Lyperosia minuta, Bezzi - Number 59
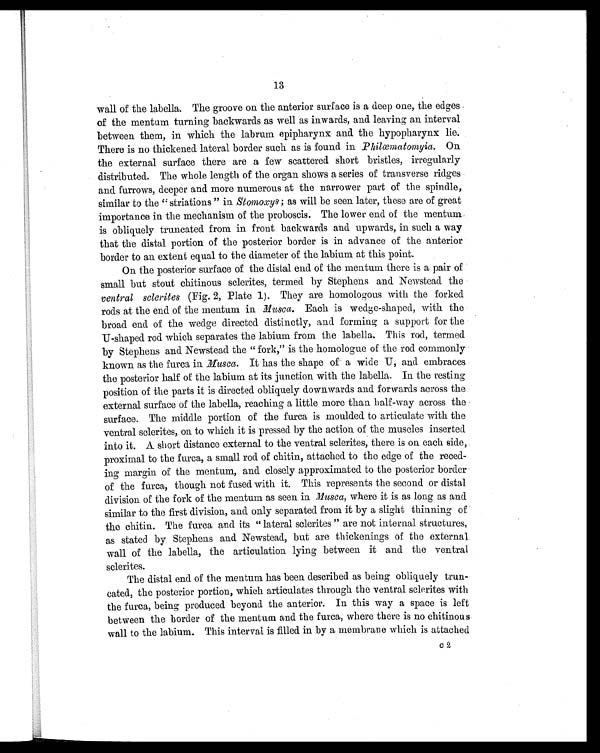
13
wall of the labella. The groove on the anterior surface is a deep one, the edges
of the mentum turning backwards as well as inwards, and leaving an interval
between them, in which the labrum epipharynx and the hypopharynx lie.
There is no thickened lateral border such as is found in P h i l œma t o my i a .O n
the external surface there are a few scattered short bristles, irregularly
distributed. The whole length of the organ shows a series of transverse ridges
and furrows, deeper and more numerous at the narrower part of the spindle,
similar to the " striations " in Stomoxys; a s w i l l b e s e e n l a t e r , t h e s e a r e o f g r e a t
importance in the mechanism of the proboscis. The lower end. of the mentum
is obliquely truncated from in front backwards and upwards, in such a way
that the distal portion of the posterior border is in advance of the anterior
border to an extent equal to the diameter of the labium at this point.
On the posterior surface of the distal end of the mentum there is a pair of
small but stout chitinous sclerites, termed by Stephens and Newstead the
ventral sclerites (Fig. 2, Plate 1). They are homologous with the forked
rods at the end of the mentum in Musca. Each is wedge-shaped, with the
broad end of the wedge directed distinctly, and forming a support for the
U-shaped rod which separates the labium from the labella This rod, termed
by Stephens and Newsteacl the " fork," is the homologue of the rod commonly
known as the furca in Musca. It has the shape of a wide U, and embraces
the posterior half of the labium at its junction with the labella. In the resting
position of the parts it is directed obliquely downwards and forwards across the
external surface of the labella, reaching a little more than half-way across the
surface. The middle portion of the furca is moulded to articulate with the
ventral sclerites, on to which it is pressed by the action of the muscles inserted
into it. A short distance external to the ventral sclerites, there is on each side,
proximal to the furca, a small rod of chitin, attached to the edge of the reced
ing margin of the mentum, and closely approximated to the posterior border
of the furca, though not fused with it. This represents the second or distal
division of the fork of the mentum as seen in Musca, w h e r e i t i s a s l o n g a s a n d
similar to the first division, and only separated from it by a slight thinning of
the chitin. The furca and its "lateral sclerites" are not internal structures,
as st at ed by St ephens and Newst ead, but are t hi ckeni ngs of t he ext ernal
wall of the labella, the articulation lying between it and the ventral
sclerites.
The distal end of the mentum has been described as being obliquely trun-
cated, the posterior portion, which articulates through the ventral sclerites with
the furca, being produced beyond the anterior. In this way a space is left
between the border of the mentum and the furca, where there is no chitinous
wall to the labium. This interval is filled in by a membrane which is attached
c2